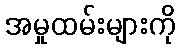
အမှုထမ်းများကို